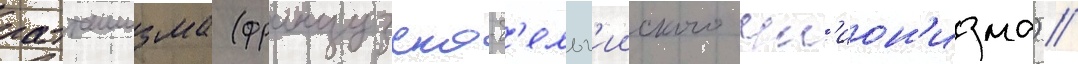
ратташизма (французско-б'ельг'ииского ун'ион'изма) /